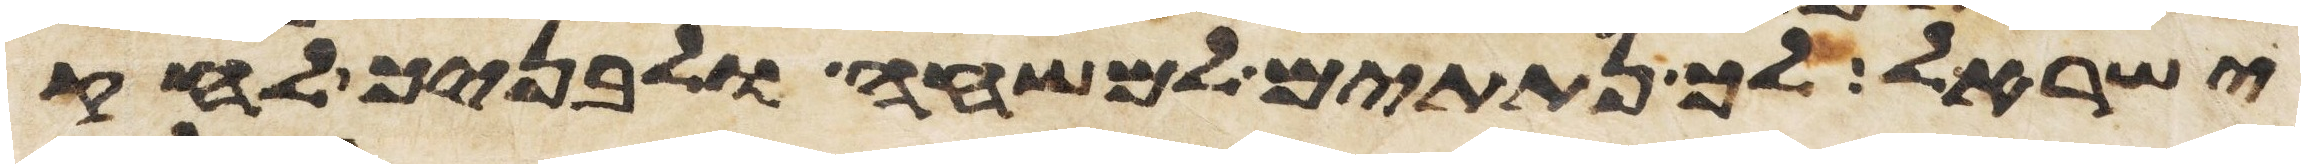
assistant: ישראל לך נתתים למשחה ולבניך לחק